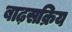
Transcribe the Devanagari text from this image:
बाढ़सक्रिय